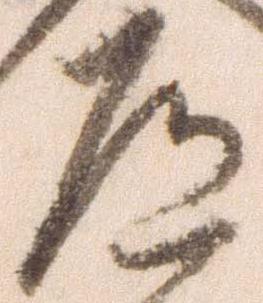
道